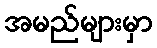
အမည်များမှာ